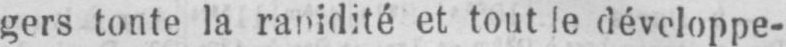
et tout le développe-